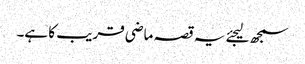
سمجھ لیجئے یہ قصہ ماضی قریب کا ہے۔